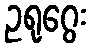
ဥရုဂွေး